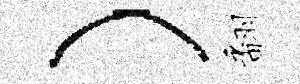
）翻